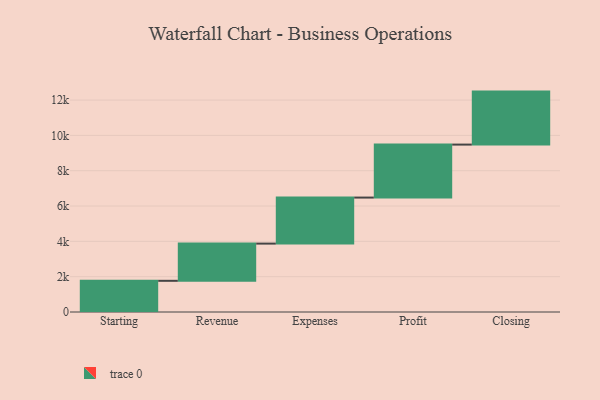
{"axis": {"x": "Step", "y": "Value"}, "legend": [""], "data": [{"x": "Starting", "y": 1766.0, "type": ""}, {"x": "Revenue", "y": 2107.0, "type": ""}, {"x": "Expenses", "y": 2606.0, "type": ""}, {"x": "Profit", "y": 3000, "type": ""}, {"x": "Closing", "y": 3000, "type": ""}]}